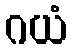
ဂယံ